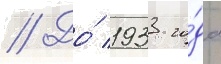
// До́ 1933 го́да